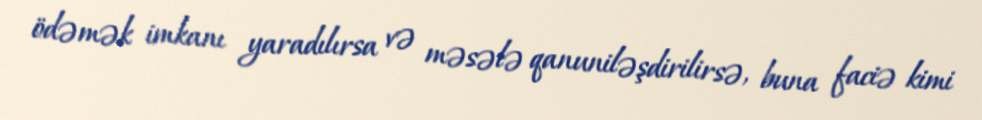
ödəmək imkanı yaradılırsa və məsələ qanuniləşdirilirsə, buna faciə kimi